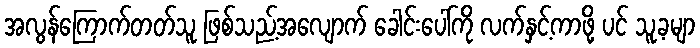
အလွန်ကြောက်တတ်သူ ဖြစ်သည့်အလျောက် ခေါင်းပေါ်ကို လက်နှင့်ကာဖို့ ပင် သူ့ခမျာ